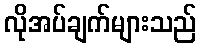
လိုအပ်ချက်များသည်